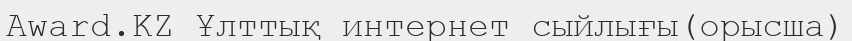
Award.KZ Ұлттық интернет сыйлығы(орысша)